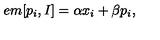
\hspace { + 5 e m } [ p _ { i } , I ] = \alpha x _ { i } + \beta p _ { i } ,